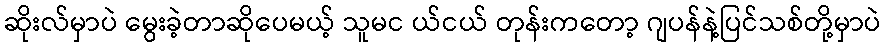
ဆိုးလ်မှာပဲ မွေးခဲ့တာဆိုပေမယ့် သူမင ယ်ငယ် တုန်းကတော့ ဂျပန်နဲ့ပြင်သစ်တို့မှာပဲ